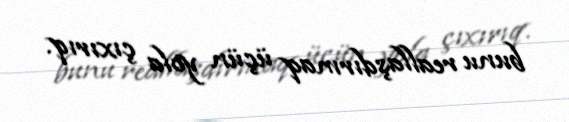
bunu reallaşdırmaq üçün yola çıxırıq.